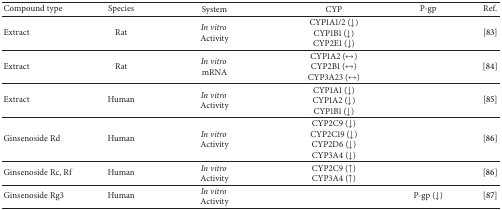
<table><thead><tr><td><b>Compound type</b></td><td><b>Species</b></td><td><b>System</b></td><td><b>CYP</b></td><td><b>P-gp</b></td><td><b>Ref.</b></td></tr></thead><tbody><tr><td>Extract</td><td>Rat</td><td><i>In vitro</i> Activity</td><td>CYP1A1/2 (↓)CYP1B1 (↓)CYP2E1 (↓)</td><td> </td><td>[83]</td></tr><tr><td>Extract</td><td>Rat</td><td><i>In vitro</i> mRNA</td><td>CYP1A2 (↔)CYP2B1 (↔)CYP3A23 (↔)</td><td> </td><td>[84]</td></tr><tr><td>Extract</td><td>Human</td><td><i>In vitro</i> Activity</td><td>CYP1A1 (↓)CYP1A2 (↓)CYP1B1 (↓)</td><td> </td><td>[85]</td></tr><tr><td>Ginsenoside Rd</td><td>Human</td><td><i>In vitro</i> Activity</td><td>CYP2C9 (↓)CYP2C19 (↓)CYP2D6 (↓)CYP3A4 (↓)</td><td> </td><td>[86]</td></tr><tr><td>Ginsenoside Rc, Rf</td><td>Human</td><td><i>In vitro</i> Activity</td><td>CYP2C9 (↑)CYP3A4 (↑)</td><td> </td><td>[86]</td></tr><tr><td>Ginsenoside Rg3</td><td>Human</td><td><i>In vitro</i> Activity</td><td> </td><td>P-gp (↓)</td><td>[87]</td></tr></tbody></table>